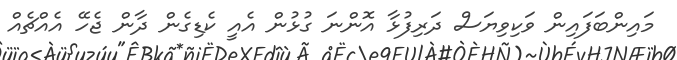
މައިންބަފައިން ވަކިވިޔަސް ދަރިފުޅާ އޮންނަ ގުޅުން އެއީ ކެޑިގެން ދާން ޖެހޭ އެއްޗެއް